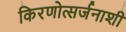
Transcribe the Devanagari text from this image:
किरणोत्सर्जनाशी